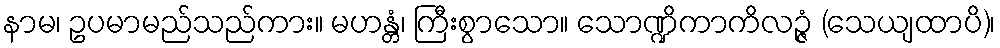
နာမ၊ ဥပမာမည်သည်ကား။ မဟန္တံ၊ ကြီးစွာသော။ သောဏ္ဍိကာကိလဉ္ဇံ (သေယျထာပိ)၊